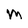
Character: m